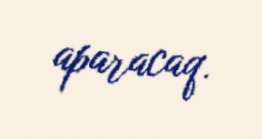
aparacaq.